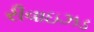
રીવાઇઝડ